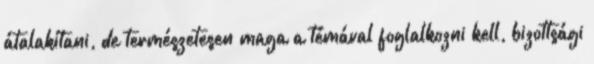
átalakítani, de természetesen maga a témával foglalkozni kell, bizottsági